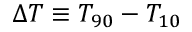
\ensuremath { \Delta T } \equiv T _ { 9 0 } - T _ { 1 0 }